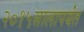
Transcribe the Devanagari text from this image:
२०१५सालापर्यंत